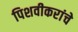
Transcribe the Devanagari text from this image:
पिशवीकरांचे